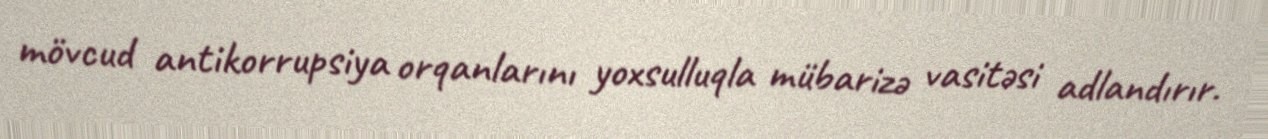
mövcud antikorrupsiya orqanlarını yoxsulluqla mübarizə vasitəsi adlandırır.